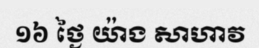
១៦ ថ្ងៃ យ៉ាង សាហាវ